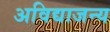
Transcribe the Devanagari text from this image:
अविद्याजन्य